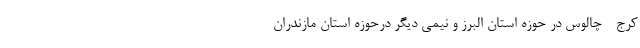
کرج - چالوس در حوزه استان البرز و نیمی دیگر درحوزه استان مازندران